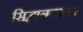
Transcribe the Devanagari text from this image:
सिद्धानतकार